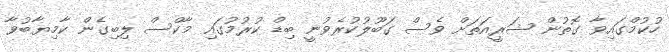
ހުކުމްގައިވާ ގޮތުން ޝަރީއަތަށް ވެސް ގަބޫލުކުރެވުނީ ބިޑް ކުރުމުގައި މާކްސް ލިބިގެން ކާމިޔާބުވާ